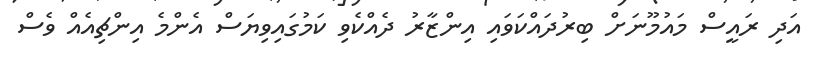
އަދި ރައީސް މައުމޫނަށް ބިރުދައްކަވައި އިންޒާރު ދެއްކެވި ކަމުގައިވިޔަސް އެންމެ އިންޗިއެއް ވެސް